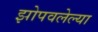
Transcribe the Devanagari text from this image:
झोपवलेल्या